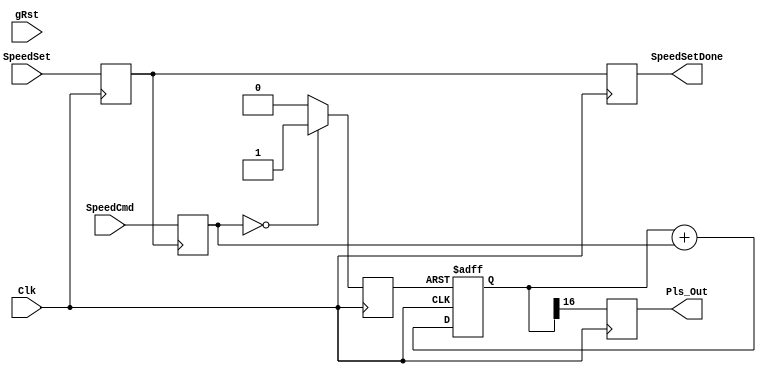
module PlsMaker_18BitWidth(
					Clk,
					gRst,
//					DirCmd,
					SpeedCmd,			//fsys/2^(n+1)*SpeedCmd <= fstepmax;  fstepmax = 200kHz
			
					SpeedSet,
//					RefClr,
//					PlsClr,
//					Ref,
//					RefPos,
//					RefEn,
					
					SpeedSetDone,					
					Pls_Out
//					PlsCnt,				
//					RefDone
);
input			Clk;
input			gRst;
//input			DirCmd;
input[7:0]	SpeedCmd;
//input[15:0]	RefPos;
input			SpeedSet;

//input			RefClr;
//input			PlsClr;
//input			Ref,RefEn;


output	reg	SpeedSetDone;
output	reg	Pls_Out;
//output	reg[17:0]	PlsCnt;
//output	reg	RefDone;

reg	SpeedSetEn;
always @(posedge Clk)
	begin
		SpeedSetEn <=SpeedSet;
		SpeedSetDone <=SpeedSetEn;
	end
reg[7:0]		SpeedCur;
always @(posedge SpeedSetEn)
	begin
		SpeedCur <=SpeedCmd;
	end

reg		sCntClr;
always @(posedge Clk)
	begin
		if(SpeedCur ==8'h0)
			sCntClr <= 1'b1;
		else
			sCntClr <= 1'b0;
	end

reg[16:0]	sCnt;
always @(posedge Clk or posedge sCntClr)
	begin
		if(sCntClr)
			sCnt <=17'h0;
		else
			sCnt <= sCnt + SpeedCur;
	end

always @(posedge Clk)
	begin
		Pls_Out <= sCnt[16];
	end

/*
reg		Ref0;
reg		Ref1;
reg		Refpls;
always @(posedge Clk)
	begin
		Ref0 <= Ref;
		Ref1 <= Ref0;
	end
	
wire Ref_En = (~RefDone) & RefEn;

always @(posedge Clk)
	begin
		if(Ref_En)
			Refpls <= (~Ref0) & Ref1;
		else
			Refpls <= 1'b0;
	end
	
wire	RefDoneClr =gRst | RefClr;
always @(posedge RefDoneClr or posedge Refpls)
	begin
		if(RefDoneClr)
			RefDone <= 1'b0;
		else
			RefDone <= 1'b1;
	end

wire PlsCntClr = PlsClr | gRst | Refpls;
always @(posedge Pls_Out or posedge PlsCntClr)
	begin
		if (PlsCntClr)
			PlsCnt <= 18'h0;
		else if(DirCmd)
			PlsCnt <= PlsCnt + 1'b1;
		else
			PlsCnt <= PlsCnt - 1'b1;
	end
*/
endmodule